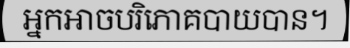
អ្នកអាចបរិភោគបាយបាន។